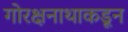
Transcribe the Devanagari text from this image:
गोरक्षनाथाकडून